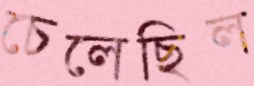
চেলেছিল